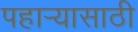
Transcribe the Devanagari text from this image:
पहार्‍यासाठी